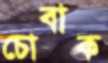
চোবাক